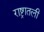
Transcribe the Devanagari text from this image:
राष्ट्रातली